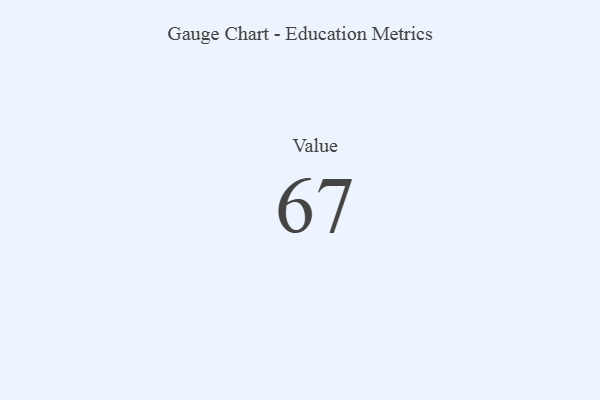
{"axis": {"x": "Metric", "y": "Value"}, "legend": [""], "data": [{"x": "Value", "y": 67, "type": ""}]}